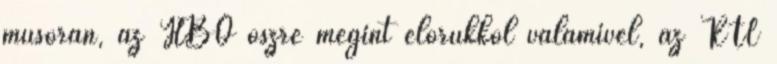
műsorán, az HBO őszre megint előrukkol valamivel, az RTL